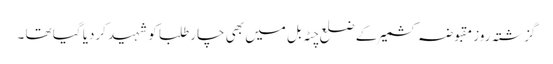
گزشتہ روز مقبوضہ کشمیر کے ضلع چٹہ بل میں بھی چار طلبا کو شہید کردیا گیا تھا ۔